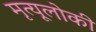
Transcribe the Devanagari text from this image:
मृत्यूलोकी